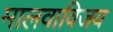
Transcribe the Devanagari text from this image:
मालवाविजय